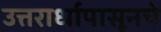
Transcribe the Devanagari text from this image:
उत्तरार्धापासूनचे